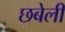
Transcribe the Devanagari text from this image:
छबेली